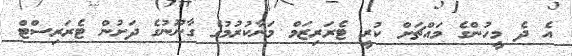
އެ ދެ މީހުންގެ މައްޗަށް ކުރީ ޓެރަރިޒަމް މަނާކުރުމުގެ ގާނޫނުގެ ދަށުން ޓެރަރިސްޓް